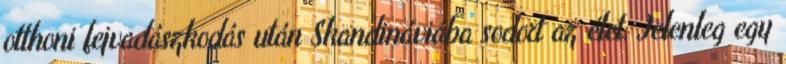
otthoni fejvadászkodás után Skandináviába sodort az élet. Jelenleg egy